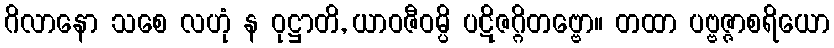
ဂိလာနော သစေ လဟုံ န ဝုဋ္ဌာတိ, ယာဝဇီဝမ္ပိ ပဋိဇဂ္ဂိတဗ္ဗော။ တထာ ပဗ္ဗဇ္ဇာစရိယော